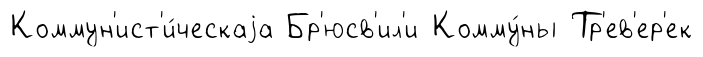
Коммун'ист'и́ческаjа Бр'юсв'ил'и Комму́ны Тр'ев'ер'ек